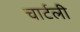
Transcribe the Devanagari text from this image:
चार्टली